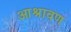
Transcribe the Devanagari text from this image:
आश्रावण